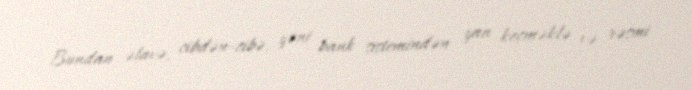
Bundan əlavə, cibdən-cibə, yəni bank sistemindən yan keçməklə və rəsmi